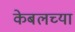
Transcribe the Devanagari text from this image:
केबलच्या